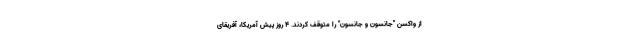
از واکسن "جانسون و جانسون" را متوقف کردند. 4 روز پیش آمریکا، آفریقای